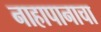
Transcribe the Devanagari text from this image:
नाहापानाचा